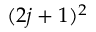
( 2 j + 1 ) ^ { 2 }